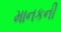
માનકની